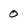
Character: 0